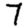
Digit: 7